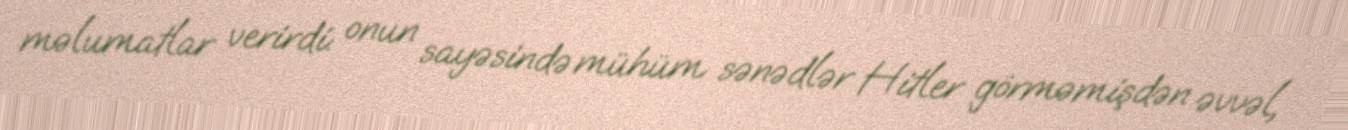
məlumatlar verirdi: onun sayəsində mühüm sənədlər Hitler görməmişdən əvvəl,